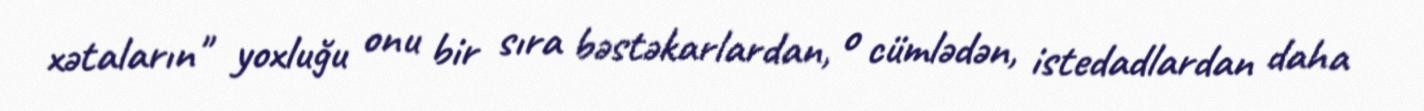
xətaların" yoxluğu onu bir sıra bəstəkarlardan, o cümlədən, istedadlardan daha